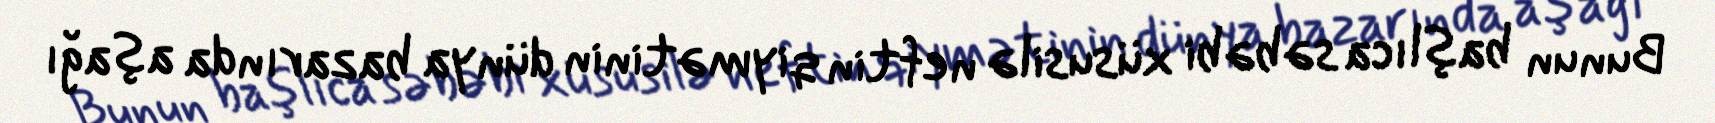
Bunun başlıca səbəbi xüsusilə neftin qiymətinin dünya bazarında aşağı